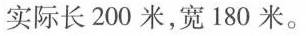
实际长200米，宽180米。